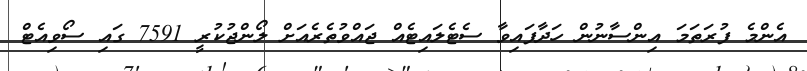
އެންމެ ފުރަތަމަ އިންސާނުން ހަދާފައިވާ ސެޓެލައިޓެއް ޖައްވުތެރެއަށް ލޯންޖުކުރީ 7591 ގައި ސޯވިއެޓް